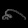
Digit: ၈